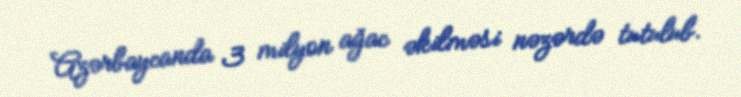
Azərbaycanda 3 milyon ağac əkilməsi nəzərdə tutulub.